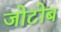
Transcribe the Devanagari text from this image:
जोटोब